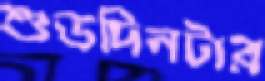
শুভদিনটার